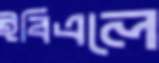
ইবিএলে